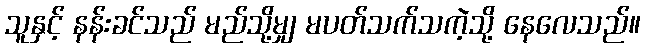
သူနှင့် နန်းခင်သည် မည်သို့မျှ မပတ်သက်သကဲ့သို့ နေလေသည်။